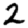
Digit: 2